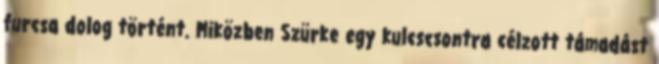
furcsa dolog történt. Miközben Szürke egy kulcscsontra célzott támadást